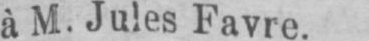
à M. Jules Favre.